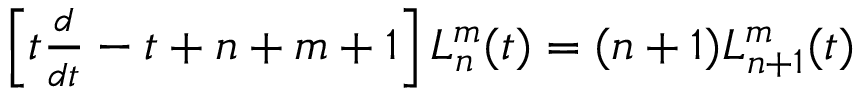
\begin{array} { r } { \left[ t \frac { d } { d t } - t + n + m + 1 \right] L _ { n } ^ { m } ( t ) = ( n + 1 ) L _ { n + 1 } ^ { m } ( t ) } \end{array}